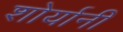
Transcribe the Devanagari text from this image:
शोर्यानी